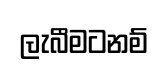
ලැබීමටනම්